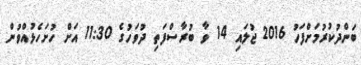
ބަންދުކުރުމަށްފަހު 2016 ޖުލައި 14 ވާ ބުރާސްފަތި ދުވަހުގެ 11:30 އަށް ހުށަހެޅުއްވުން